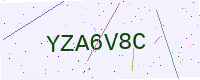
Text: YZA6V8C